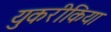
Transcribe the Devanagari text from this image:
युकरीकिया